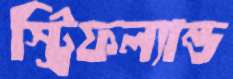
স্ট্রিফল্যান্ড